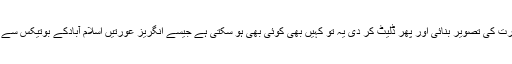
رابرٹ نے اس حسین اور باوقار عورت کی تصویر بنائی اور پھر ڈلیٹ کر دی یہ تو کہیں بھی کوئی بھی ہو سکتی ہے جیسے انگریز عورتیں اسلام آبادکے بوتیکس سے پاکستانی لباس زیب تن کر لیتی ہیں۔